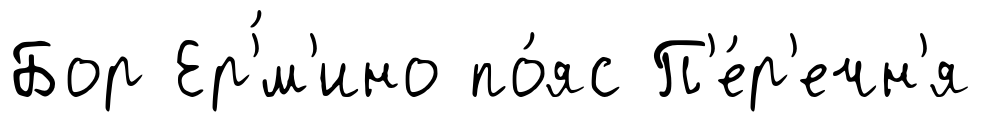
Бор Ер'́м'ино по́яс П'е́р'ечн'я